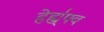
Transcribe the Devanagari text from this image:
हेह्य्॑फ्व